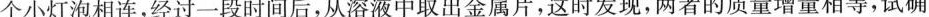
个小灯泡相连，经过一段时间后，从溶液中取出金属片，这时发现，两者的质量增量相等，试确